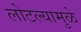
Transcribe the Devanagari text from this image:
लोटल्यामुळे